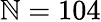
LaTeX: \mathbb{N}=104